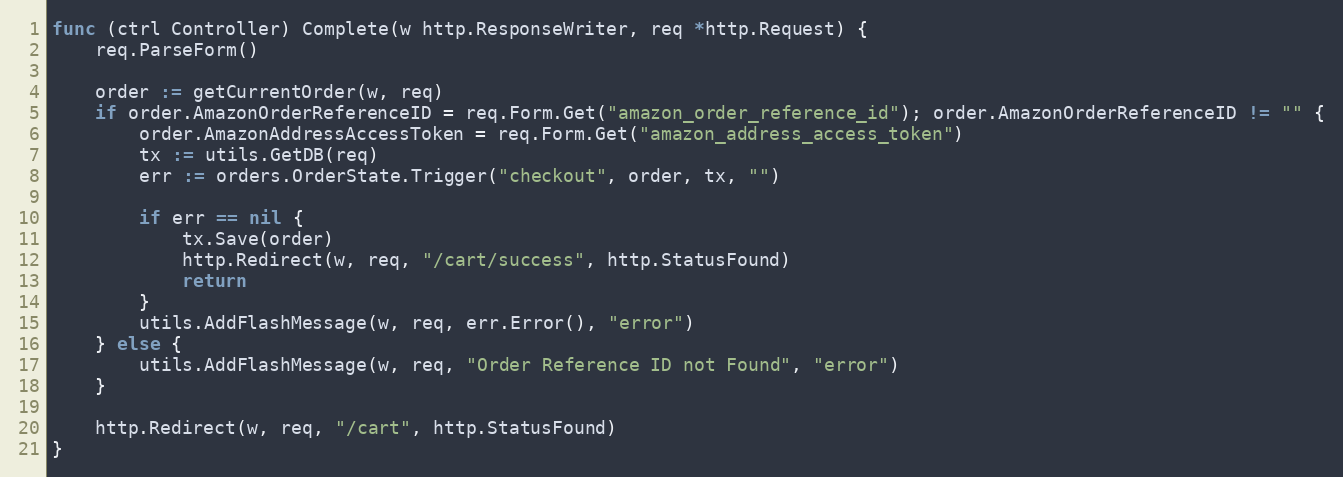
Language: Go
func (ctrl Controller) Complete(w http.ResponseWriter, req *http.Request) {
	req.ParseForm()

	order := getCurrentOrder(w, req)
	if order.AmazonOrderReferenceID = req.Form.Get("amazon_order_reference_id"); order.AmazonOrderReferenceID != "" {
		order.AmazonAddressAccessToken = req.Form.Get("amazon_address_access_token")
		tx := utils.GetDB(req)
		err := orders.OrderState.Trigger("checkout", order, tx, "")

		if err == nil {
			tx.Save(order)
			http.Redirect(w, req, "/cart/success", http.StatusFound)
			return
		}
		utils.AddFlashMessage(w, req, err.Error(), "error")
	} else {
		utils.AddFlashMessage(w, req, "Order Reference ID not Found", "error")
	}

	http.Redirect(w, req, "/cart", http.StatusFound)
}